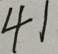
4 1